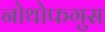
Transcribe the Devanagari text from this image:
नोथोफगुस